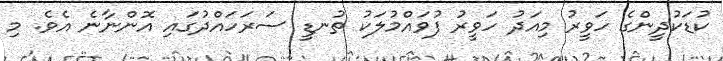
ކުޑަކުދީންގެ ހަވީރު މިއަދު ހަވީރު ފުވައްމުލަކު ތުނޑީ ސަރަހައްދުގައި އޮންނާނެ އެވެ. މި